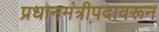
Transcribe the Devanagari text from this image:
प्रधानमंत्रीपदावरून